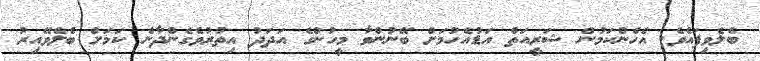
ބެލެވިފައެވެ. އެހެންކަމުން ޝަރީއަތް އަޑުއެހުމަށް ބޭނުންވާ މީހުންގެ އަދަދު އިތުރުވެގެންދާނެ ކަމަށް ބެލެވޭއިރު